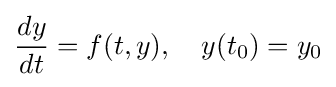
{\frac {dy}{dt}}=f(t,y),\quad y(t_{0})=y_{0}